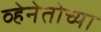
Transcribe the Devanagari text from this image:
व्हेनेतोच्या